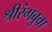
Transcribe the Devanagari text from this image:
श्रीरंगबुवा